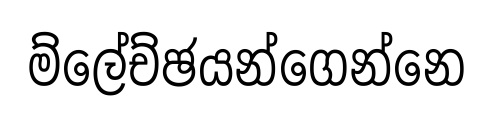
ම්ලේච්ඡයන්ගෙන්නෙ